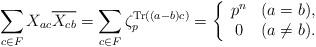
LaTeX: \begin{align*}\sum_{c \in F} X_{a c} \overline{X_{c b}} = \sum_{c \in F} \zeta_p^{{\rm Tr} \left( (a-b) c \right)}= \left\{ \begin{array}{cc}p^n & (a = b), \\0 & (a \neq b). \end{array}\right. \end{align*}